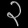
Digit: ၃